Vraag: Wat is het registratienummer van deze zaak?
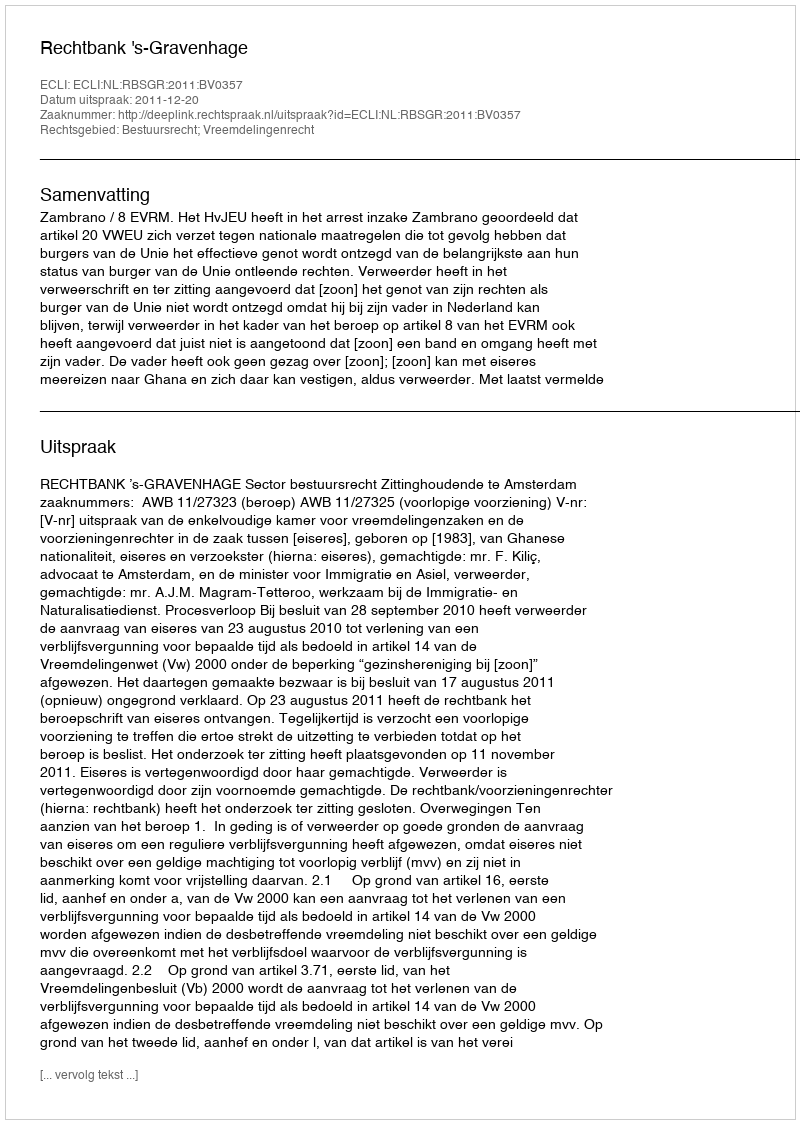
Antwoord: http://deeplink.rechtspraak.nl/uitspraak?id=ECLI:NL:RBSGR:2011:BV0357